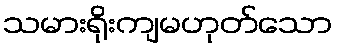
သမားရိုးကျမဟုတ်သော